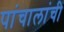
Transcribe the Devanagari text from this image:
पांचालांची